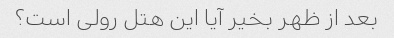
بعد از ظهر بخیر آیا این هتل رولی است؟